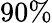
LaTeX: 90\%